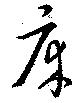
床